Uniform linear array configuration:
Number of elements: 48
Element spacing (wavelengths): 0.75
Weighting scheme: blackman
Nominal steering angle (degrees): -15
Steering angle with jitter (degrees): -15.263
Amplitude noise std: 0.05
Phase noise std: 0.05

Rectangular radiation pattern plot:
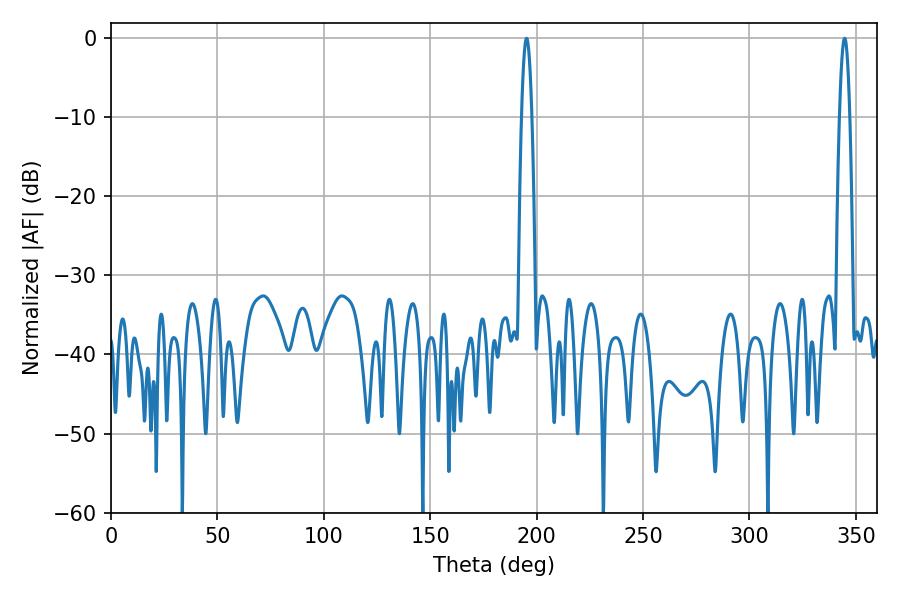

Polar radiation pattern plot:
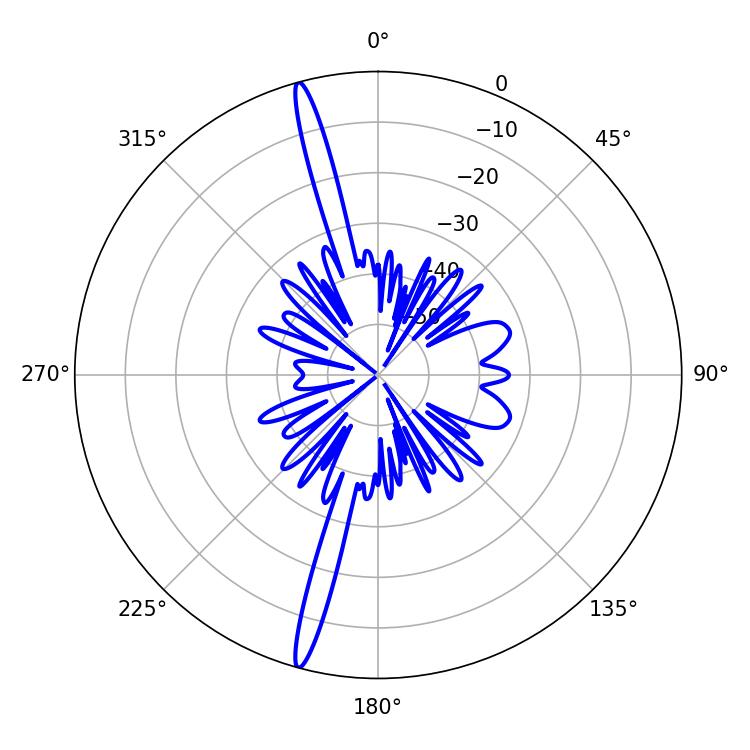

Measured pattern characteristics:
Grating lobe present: TRUE
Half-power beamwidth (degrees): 2.52
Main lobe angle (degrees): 344.7